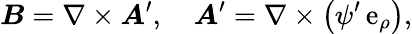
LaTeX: \boldsymbol{B}=\nabla\times\boldsymbol{A}^{\prime},\quad\boldsymbol{A}^{\prime}=\nabla\times\big(\psi^{\prime}\, \mathrm{e}_{\rho}\big),